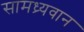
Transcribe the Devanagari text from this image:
सामध्र्यवान